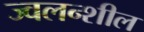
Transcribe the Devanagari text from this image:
ज्वलन्शील